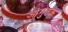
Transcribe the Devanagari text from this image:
आंगुतक